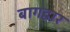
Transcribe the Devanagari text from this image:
बागद्वार